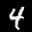
Label: 4